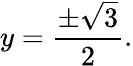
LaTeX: y={\frac{\pm{\sqrt{3}}}{2}}.